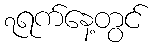
၇ရက်နေ့တွင်